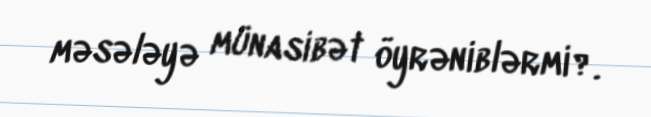
məsələyə münasibət öyrəniblərmi?.